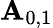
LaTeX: \mathbf{A}_{0,1}